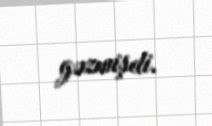
gəzmişdi.